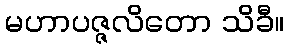
မဟာပဇ္ဇလိတော သိခီ။